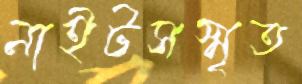
নাইটসস্মৃত